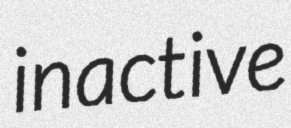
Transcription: inactive